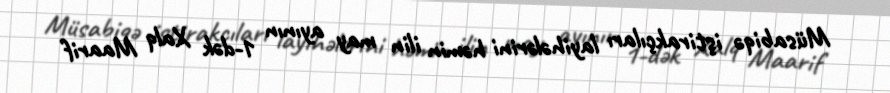
Müsabiqə iştirakçıları layihələrini həmin ilin may ayının 1-dək Xalq Maarif